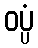
ဝပ္ပံ